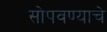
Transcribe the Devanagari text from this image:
सोपवण्याचे